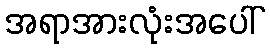
အရာအားလုံးအပေါ်